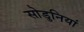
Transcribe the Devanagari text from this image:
सोडुनियां